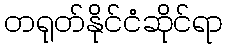
တရုတ်နိုင်ငံဆိုင်ရာ